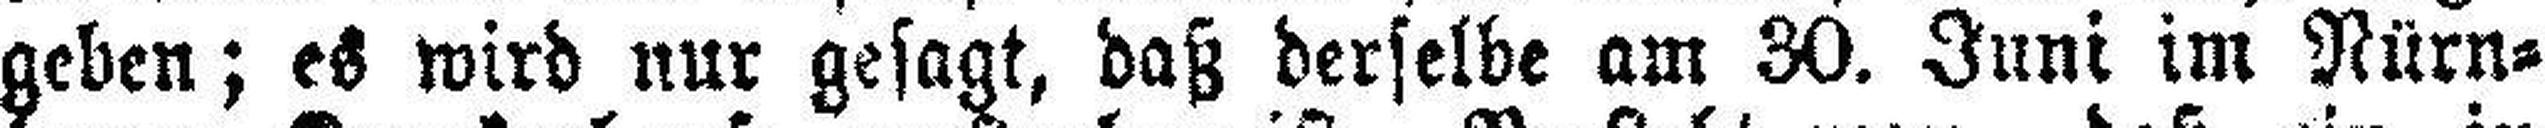
geben; es wird nur gesagt, daß derselbe am 30. Juni im Nürn¬